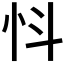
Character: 𢗸